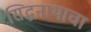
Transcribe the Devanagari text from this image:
सिद्धनाथाचा